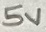
Text: 5V